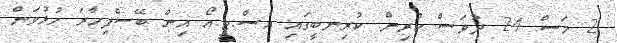
2 މަސް 24 ދުވަސް ކުރިން. ކުރިނބީގައި އެސް.ޓީ.އޯ އިން ބޭސްފިހާރަ ހުޅުވަން